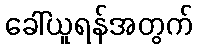
ခေါ်ယူရန်အတွက်